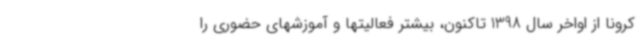
کرونا از اواخر سال 1398 تاکنون، بیشتر فعالیتها و آموزشهای حضوری را